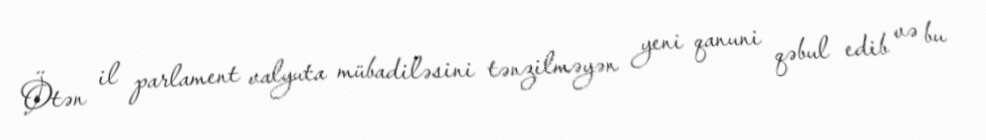
Ötən il parlament valyuta mübadiləsini tənzilməyən yeni qanuni qəbul edib və bu